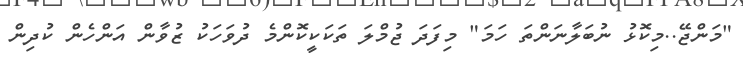
"މަންޖޭ..މިކޮޅު ނުބަލާނަންތަ ހަމަ" މިފަދަ ޖުމްލަ ތަކަކީކޮންމެ ދުވަހަކު ޒުވާން އަންހެން ކުދިން